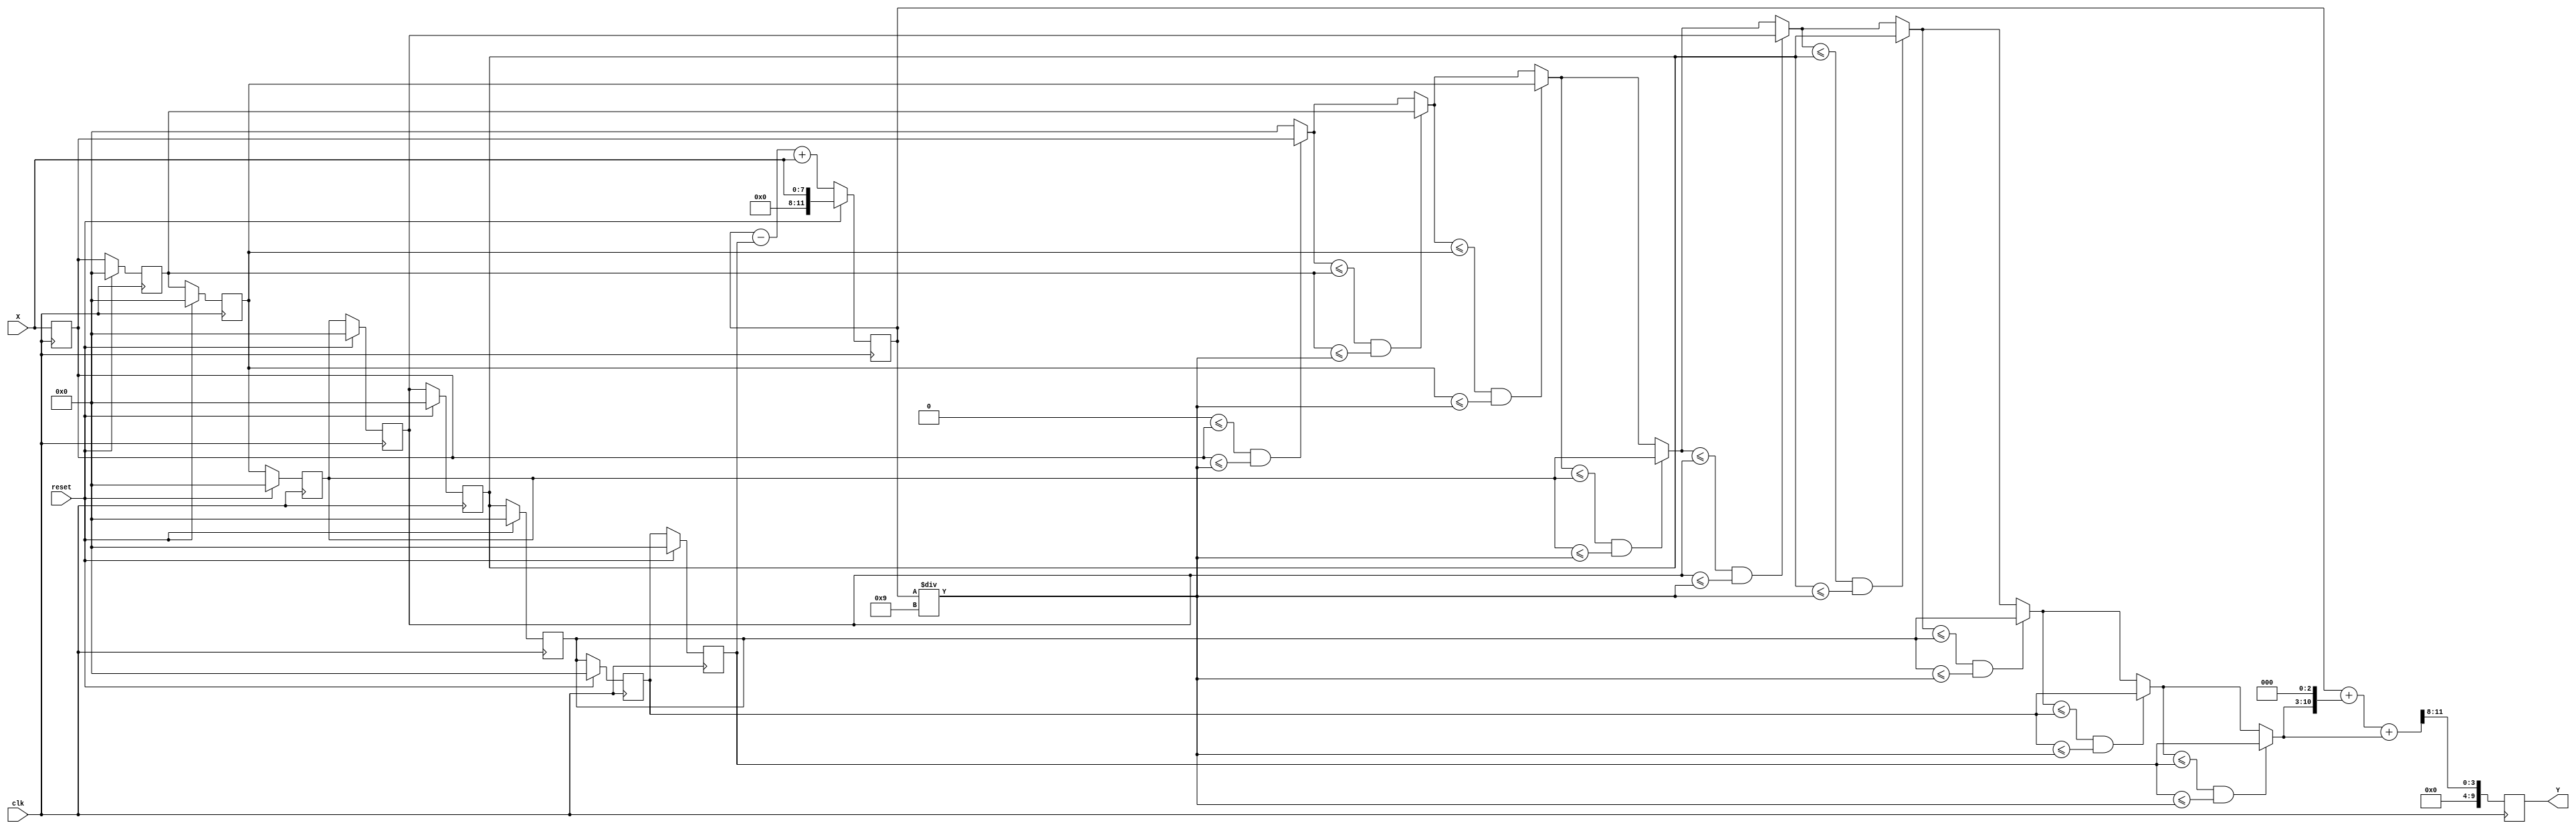
`timescale 1ns/10ps
/*
 * IC Contest Computational System (CS)
*/
module CS(Y, X, reset, clk);

input       clk, reset; 
input       [7:0] X;
output reg  [9:0] Y;

reg      [7:0] data [8:0]; // 9x8-bit register file
reg      [11:0] sum;           // 9-bit accumulator
reg      [7:0] X_appr; 
integer i;

always @(posedge clk) begin
   data[0] <= X;
   if (reset) begin
      sum <= X;
      for (i = 1; i <= 8; i = i + 1)
         data[i] <= 0;
   end else begin
      sum <= sum - data[8] + X;
      for (i = 0; i < 9; i = i + 1)
         data[i+1] <= data[i];
   end
end

always @(*) begin
   X_appr = 0;
   if (X_appr <= data[0] && data[0] <= (sum/9))
      X_appr = data[0];
   if (X_appr <= data[1] && data[1] <= (sum/9))
      X_appr = data[1];
   if (X_appr <= data[2] && data[2] <= (sum/9))
      X_appr = data[2];
   if (X_appr <= data[3] && data[3] <= (sum/9))
      X_appr = data[3];
   if (X_appr <= data[4] && data[4] <= (sum/9))
      X_appr = data[4];
   if (X_appr <= data[5] && data[5] <= (sum/9))
      X_appr = data[5];
   if (X_appr <= data[6] && data[6] <= (sum/9))
      X_appr = data[6];
   if (X_appr <= data[7] && data[7] <= (sum/9))
      X_appr = data[7];
   if (X_appr <= data[8] && data[8] <= (sum/9))
      X_appr = data[8];
end

always @(negedge clk) begin
   Y <= (sum + (X_appr << 3) + X_appr) >> 8;
end
 
endmodule